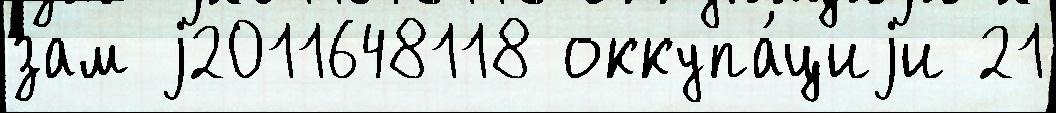
зам j2011648118 оккупа́циjи 21